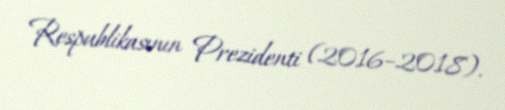
Respublikasının Prezidenti (2016–2018).